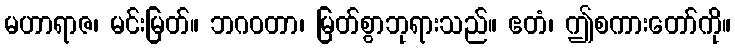
မဟာရာဇ၊ မင်းမြတ်။ ဘဂဝတာ၊ မြတ်စွာဘုရားသည်။ ဧတံ၊ ဤစကားတော်ကို။